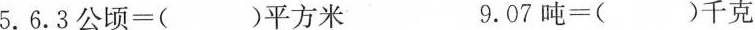
5. $$6 . 3 公 顷 = ( ) 平 方 米$$ $$9 . 0 7 吨 = ( ) 千 克$$